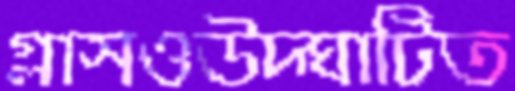
গ্লাসওউদ্‌ঘাটিত